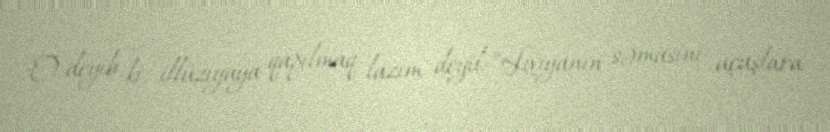
O deyib ki, illüziyaya qapılmaq lazım deyil: “Liviyanın səmasını uçuşlara